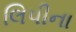
લિપીના